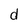
Character: d